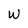
Character: W